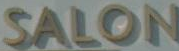
SALON